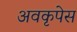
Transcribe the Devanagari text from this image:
अवकृपेस